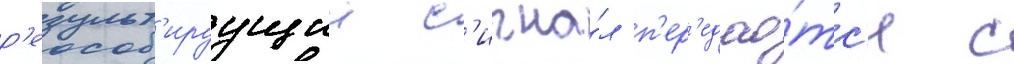
р'езульт'ируущии с'игна́л п'ер'едао́тс'я с